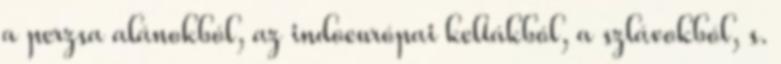
a perzsa alánokból, az indoeurópai keltákból, a szlávokból, s.